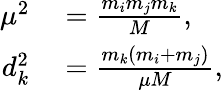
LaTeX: \begin{array}{rl}{\mu^{2}}&{{}=\frac{m_{i}m_{j}m_{k}}{M},}\\ {d_{k}^{2}}&{{}=\frac{m_{k}(m_{i}+m_{j})}{\mu M},}\end{array}